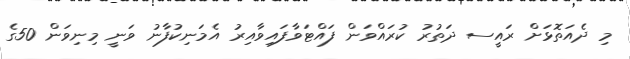
މި ދެއަތޮޅަށް ރައީސ ދަތުރު ކުރައްވަން ފައްޓަވާފައިވާއިރު އެމަނިކުފާނު ވަނީ މިނިވަން 50ގެ